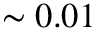
\sim 0 . 0 1